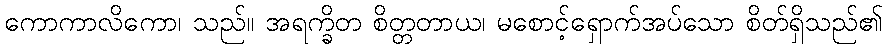
ကောကာလိကော၊ သည်။ အရက္ခိတ စိတ္တတာယ၊ မစောင့်ရှောက်အပ်သော စိတ်ရှိသည်၏